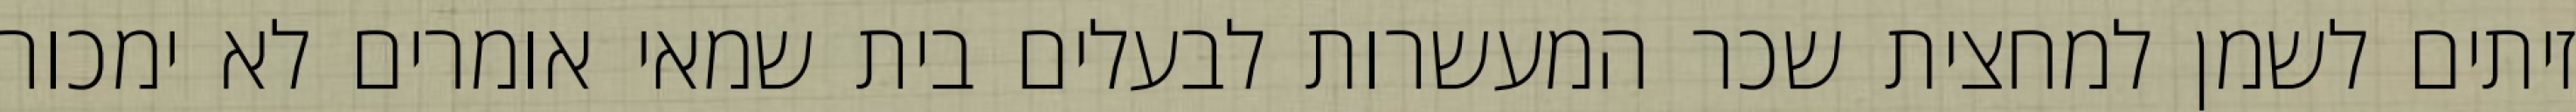
זיתים לשמן למחצית שכר המעשרות לבעלים בית שמאי אומרים לא ימכור